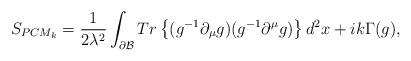
LaTeX: \begin{align*}S_{PCM_k} = \frac{1}{2 \lambda^2} \int_{\partial {\cal B}} Tr\left\{(g^{-1} \partial_{\mu} g) ( g^{-1} \partial^{\mu} g) \right\}d^2x + i k \Gamma (g),\end{align*}